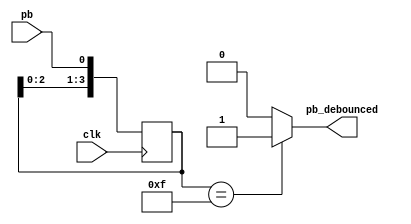
module debounce (pb_debounced, pb, clk);
	output pb_debounced; // signal of a pushbutton after being debounced
	input pb; // signal from a pushbutton
	input clk;

	reg [3:0] DFF;
	always @(posedge clk)begin
		DFF[3:1] <= DFF[2:0];
		DFF[0] <= pb;
	end
	assign pb_debounced = ((DFF == 4'b1111) ? 1'b1 : 1'b0);
endmodule

module onepulse (pb_debounced, clock, pb_one_pulse);
	input pb_debounced;
	input clock;
	output reg pb_one_pulse;
	reg pb_debounced_delay;
	always @(posedge clock) begin
		pb_one_pulse <= pb_debounced & (! pb_debounced_delay);
		pb_debounced_delay <= pb_debounced;
	end
endmodule

module master_top(clk, rst_n, in, request, notice_master, data_to_slave_o, valid, request2s, ack, seven_seg, AN);
    input clk;
    input rst_n;
    input [8-1:0] in;
    input request;
    input ack;
    output [3-1:0] data_to_slave_o;
    output notice_master;
    output valid;
    output request2s;
    output [7-1:0] seven_seg;
    output [4-1:0] AN;
    wire db_request;
    wire op_request;
    wire [3-1:0] data_to_slave;
    wire rst_n_inv;
    wire [8-1:0]slave_data_dec;
    wire db_rst_n, op_rst_n;
	wire [8-1:0]data_to_slave_dec;
    assign rst_n_inv = ~op_rst_n;
    assign AN = 4'b1110;
	assign data_to_slave_o = data_to_slave;
    encoder enc0(.in(in), .out(data_to_slave));
    debounce db_0(.pb_debounced(db_request), .pb(request), .clk(clk));
    onepulse op_0(.pb_debounced(db_request), .clock(clk), .pb_one_pulse(op_request));
    debounce db_1(.pb_debounced(db_rst_n), .pb(rst_n), .clk(clk));
    onepulse op_1(.pb_debounced(db_rst_n), .clock(clk), .pb_one_pulse(op_rst_n));
    master_control ms_ctrl_0(.clk(clk), .rst_n(rst_n_inv), .request(op_request), .ack(ack), .data_in(data_to_slave), .notice(notice_master), .data(), .valid(valid), .request2s(request2s));
	decoder dec0(.in(data_to_slave), .out(data_to_slave_dec));
    seven_segment dis_0(.in(data_to_slave_dec), .out(seven_seg));


endmodule

module slave_top(clk, rst_n, request, valid, seven_seg, notice_slave, AN, data_in, ack);
    input clk;
    input rst_n;
    input [3-1:0]data_in;
    input request;
    input valid;
    output [7-1:0] seven_seg;
    output notice_slave;
    output [4-1:0] AN;
    output ack;

    wire rst_n_inv;
    wire [3-1:0]slave_data_o;
    wire [8-1:0]slave_data_dec;
    wire db_rst_n, op_rst_n;
    assign rst_n_inv = ~op_rst_n;
    assign AN = 4'b1110;
    debounce db_0(.pb_debounced(db_rst_n), .pb(rst_n), .clk(clk));
    onepulse op_0(.pb_debounced(db_rst_n), .clock(clk), .pb_one_pulse(op_rst_n));
    slave_control sl_ctrl_0(.clk(clk), .rst_n(rst_n_inv), .request(request), .ack(ack), .data_in(data_in), .notice(notice_slave), .valid(valid), .data(slave_data_o));
    decoder dec0(.in(slave_data_o), .out(slave_data_dec));
    seven_segment dis_0(.in(slave_data_dec), .out(seven_seg));


endmodule

module master_control(clk, rst_n, request, ack, data_in, notice, data, valid, request2s);
    input clk;
    input rst_n;
    input request;
    input ack;
    input [3-1: 0] data_in;
    output reg request2s;
    output reg notice;
    output reg [3-1:0] data;
    output reg valid;

    parameter state_wait_rqst = 3'b000;  // wait for user to push btn to send request to slave.
    parameter state_wait_ack  = 3'b001;  // request sent, wait for slave to resond with an ack, if no act is received, keep sending request2s
    parameter state_wait_to_send_data = 3'b100; //illuminate leftmost LED on the board for one sec indicating ack has been recieved
    parameter state_send_data = 3'b101; // send the actual data.

    reg [3-1:0] state, next_state;
    reg next_notice;
    reg [3-1:0] next_data;
    reg next_request2s;
    reg start, next_start; // control signals of counter.
    reg next_valid;

    wire done; //ouput from counter, asserted when counter has counted for 1 sec.

    counter cnt_0(.clk(clk), .rst_n(rst_n), .start(start), .done(done));

    always@(posedge clk) begin
        if (rst_n == 0) begin
            notice = 1'b0;
            state = state_wait_rqst;
            data = 0;
            request2s = 0;
            start = 0;
            valid = 0;
        end
        else begin
            notice <= next_notice;
            state <= next_state;
            data <= next_data;
            request2s <= next_request2s;
            start <= next_start;
            valid <= next_valid;
        end
    end

    always@(*) begin
        next_state = state;
        next_notice = notice;
        next_data = data;
        next_request2s = request2s;
        next_start = start;
        next_valid = valid;
        case(state)
            state_wait_rqst: begin
                next_state = (request == 1'b1)? state_wait_ack: state_wait_rqst;
                next_notice = 1'b0;
                next_data = 3'b000;
                next_request2s = (request == 1'b1)? 1'b1: 1'b0;
                next_start = 1'b0;
                next_valid = 1'b0;
            end

            state_wait_ack: begin
                next_state = (ack == 1'b1)? state_wait_to_send_data: state_wait_ack;
                next_notice = 1'b0;
                next_data = 3'b000;
                next_request2s = (ack == 1'b1)? 1'b0: 1'b1; // if no ack is present keep sending....
                next_start = (ack == 1'b1)? 1'b1: 1'b0; // if ack recieved, start counting for 1 second with counter.
                next_valid = 1'b0;
            end
            state_wait_to_send_data: begin
                next_state = (done == 1'b1)? state_send_data: state_wait_to_send_data;
                next_notice = (done == 1'b1)? 1'b0: 1'b1; //illuminating LED.
                next_data = (done == 1'b1)? data_in: 3'b000; // time to send data!
                next_request2s = 1'b0;
                next_start = (done == 1'b1)? 1'b0: 1'b1;
                next_valid = (done == 1)? 1'b1: 1'b0; //counting done!, time to set our output data as valid
            end
            state_send_data: begin
                next_state = (ack == 1'b0)? state_wait_rqst: state_send_data;
                next_notice = 1'b0;
                next_data = (ack == 1'b0)? 3'b000: data_in;
                next_request2s = 1'b0;
                next_start = 1'b0;
                next_valid = (ack == 1'b0)? 1'b0: 1'b1;
            end
            default: begin
            end
        endcase
    end
endmodule

module slave_control(clk, rst_n, request, ack, data_in, notice, valid, data);
    input clk;
    input rst_n;
    input request;
    input [3-1:0] data_in;
    input valid;
    output reg ack;
    output reg notice;
    output reg [3-1:0] data;

    parameter state_wait_rqst = 2'b00;
    parameter state_wait_to_send_ack = 2'b01;
    parameter state_send_ack = 2'b10;
    parameter state_wait_data = 2'b11;

    reg [2-1:0] state, next_state;
    reg start, next_start;
    reg next_ack;
    reg next_notice;
    reg [3-1:0] next_data;
    wire done;
    counter cnt_0(.clk(clk), .rst_n(rst_n), .start(start), .done(done));

    always@(posedge clk) begin
        if (rst_n == 0) begin
            state = state_wait_rqst;
            notice = 0;
            ack = 0;
            data = 0;
            start = 0;
        end
        else begin
            state <= next_state;
            notice <= next_notice;
            ack <= next_ack;
            data <= next_data;
            start <= next_start;
        end
    end

    always@(*) begin
        next_state = state;
        next_notice = notice;
        next_ack = ack;
        next_data = data;
        next_start = start;
        case(state)
            state_wait_rqst: begin
                next_state = (request == 1)? state_wait_to_send_ack: state_wait_rqst;
                 next_notice = 1'b0;
                 next_ack = 1'b0;
                 next_data = data;
                 next_start = (request == 1)? 1'b1: 1'b0;
            end
            state_wait_to_send_ack: begin
                 next_state = (done == 1)? state_wait_data : state_wait_to_send_ack;
                 next_notice = 1'b1;
                 next_ack = (done == 1) ? 1'b1 : 1'b0;
                 next_data = data;
                 next_start = 1'b1;
            end
            state_wait_data: begin
                 next_state = (valid == 1)? state_wait_rqst : state_wait_data;
                 next_notice = 1'b0;
                 next_ack = (valid == 1)? 1'b1 : 1'b0;
                 next_data = (valid == 1) ? data_in : data;
                 next_start = 1'b0;
            end
            default: begin
            end
        endcase
    end
endmodule

// seven segment
module decoder(in, out);
	input [3-1:0] in;
	output reg [7:0] out;
	always@(*) begin
		case(in)
			3'b000: out = 8'b0000_0001;
			3'b001: out = 8'b0000_0010;
			3'b010: out = 8'b0000_0100;
			3'b011: out = 8'b0000_1000;
			3'b100: out = 8'b0001_0000;
			3'b101: out = 8'b0010_0000;
			3'b110: out = 8'b0100_0000;
			3'b111: out = 8'b1000_0000;
		endcase
	end
endmodule
module seven_segment(in, out);
    input [8-1:0] in;
    output reg [7-1:0] out;
    always@(*) begin
        out[0] = (in[1]|in[4]);
        out[1] = (in[5]|in[6]);
        out[2] = (in[2]);
        out[3] = (in[1]|in[4]|in[7]);
        out[4] = (in[1]|in[3]|in[4]|in[5]|in[7]);
        out[5] = (in[1]|in[2]|in[3]|in[7]);
        out[6] = (in[0]|in[1]|in[7]);
    end
endmodule

module counter(clk, rst_n, start, done);
    input clk;
    input rst_n;
    input start;
    output reg done;
    reg [27-1:0] count, next_count;
    always@(posedge clk) begin
        if (rst_n == 0) begin
            count = 0;
        end
        else begin
            count <= next_count;
        end
    end

    always@(*) begin
        next_count = count;
        if (start) begin
            if (count == 27'd100000000) begin
                done = 1;
                next_count = 0;
            end
            else begin
                next_count = count + 1;
                done = 0;
            end
        end
        else begin
            done = 0;
            next_count = 0;
        end
    end
endmodule

module encoder(in, out);
    input [8-1:0] in;
    output reg [3-1:0] out;
    always@(*) begin
        case(in)
            8'b0000_0001: out = 3'd0;
            8'b0000_0010: out = 3'd1;
            8'b0000_0100: out = 3'd2;
            8'b0000_1000: out = 3'd3;
            8'b0001_0000: out = 3'd4;
            8'b0010_0000: out = 3'd5;
            8'b0100_0000: out = 3'd6;
            8'b1000_0000: out = 3'd7;
            default: out = 0;
         endcase
    end
endmodule